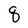
Character: q